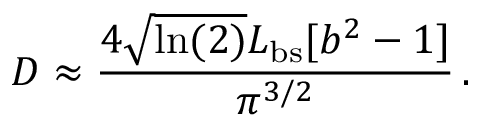
D \approx \frac { 4 \sqrt { \ln ( 2 ) } L _ { \mathrm { b s } } [ b ^ { 2 } - 1 ] } { \pi ^ { 3 / 2 } } \, .